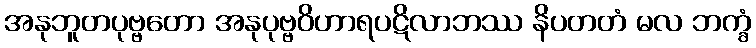
အနုဘူတပုဗ္ဗတော အနုပုဗ္ဗဝိဟာရပဋိလာဘဿ နိပတတံ မလ ဘက္ခံ